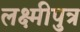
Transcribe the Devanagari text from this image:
लक्ष्मीपुत्र